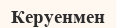
Керуенмен